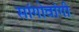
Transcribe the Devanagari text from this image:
सांगोवांगी